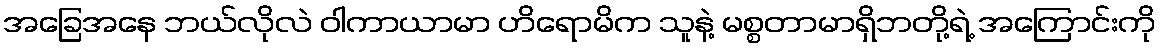
အခြေအနေ ဘယ်လိုလဲ ဝါကာယာမာ ဟိရောမိက သူနဲ့ မစ္စတာမာရှိဘတို့ရဲ့ အကြောင်းကို